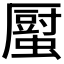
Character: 𧒉